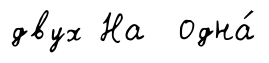
двух На одна́